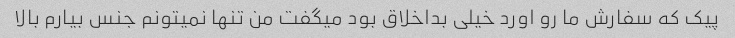
پیک که سفارش ما رو اورد خیلی بداخلاق بود میگفت من تنها نمیتونم جنس بیارم بالا